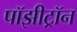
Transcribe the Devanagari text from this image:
पॉझीट्रॉन